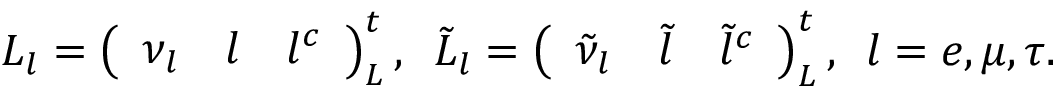
L _ { l } = \left( \begin{array} { c c c } { { \nu _ { l } } } & { { l } } & { { l ^ { c } } } \end{array} \right) _ { L } ^ { t } , \, \ \tilde { L } _ { l } = \left( \begin{array} { c c c } { { \tilde { \nu } _ { l } } } & { { \tilde { l } } } & { { \tilde { l } ^ { c } } } \end{array} \right) _ { L } ^ { t } , \, \ l = e , \mu , \tau .